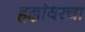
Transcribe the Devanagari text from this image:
हक्कांवरचा